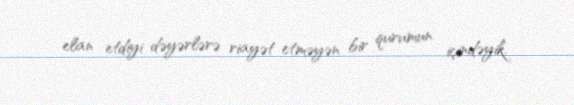
elan etdiyi dəyərlərə riayət etməyən bir qurumun içindəyik.